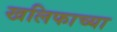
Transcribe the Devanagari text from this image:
खलिफाच्या